Senior Leaving Certificate Examination (including Day School Certificate (Higher) General paper), 1948
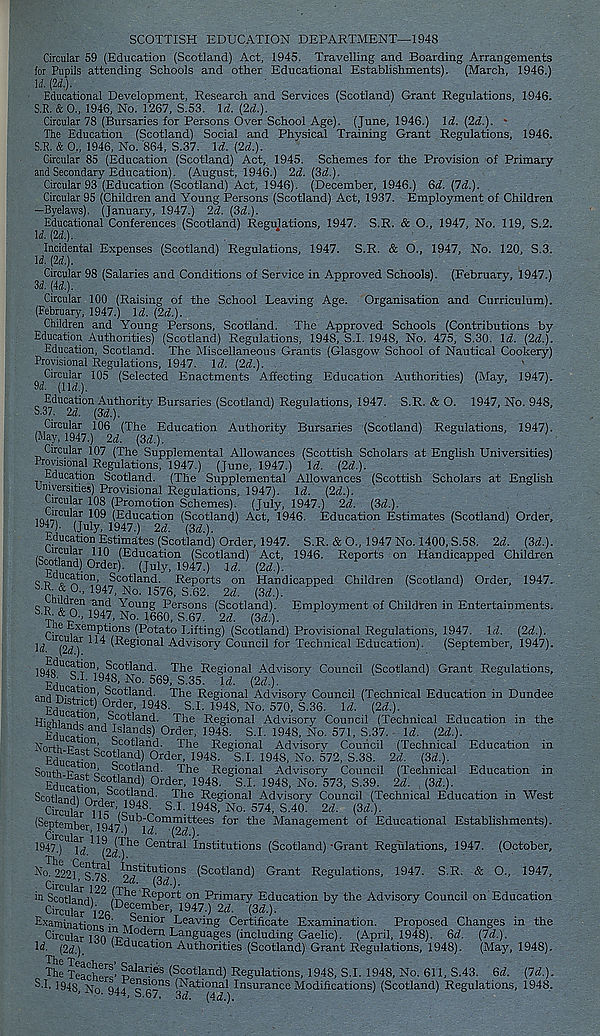
SCOTTISH EDUCATION DEPARTMENT—1948
Circular 59 (Education (Scotland) Act, 1945. Travelling and Boarding Arrangements
for Pupils attending Schools and other Educational Establishments). (March, 1946.)
U. (2d.).
Educational Development, Research and Services (Scotland) Grant Regulations, 1946.
S.R. & 0., 1946, No. 1267, S.53. Id. (2d.).
Circular 78 (Bursaries for Persons Over School Age). (June, 1946.) Id. (2d.). -
The Education (Scotland) Social and Physical Training Grant Regulations, 1946.
S.R. & 0., 1946, No. '864, S.37. Id. (2d.).
Circular 85 (Education (Scotland) Act, 1945. Schemes for the Provision of Primary
and Secondary Education). (August, 1946.) 2d. (3d.).
Circular 93 (Education (Scotland) Act, 1946). (December, 1946.) 6d. (Id.).
Circular 95 (Children and Young Persons (Scotland) Act, 1937. Employment of Children
—Byelaws). (January, 1947.) 2d. (3d.).
Educational Conferences (Scotland) Regulations, 1947. S.R. & O., 1947, No. 119, S.2.
U. (2d.).
Incidental Expenses (Scotland) Regulations, 1947. S.R. & O., 1947, No. 120, S.3.
Id. (2d.).
Circular 98 (Salaries and Conditions of Service in Approved Schools). (February, 1947.)
3d. (4d.).
Circular 100 (Raising of the School Leaving Age. Organisation and Curriculum).
(February, 1947.) Id. (2d.).
Children and Young Persons, Scotland. The Approved Schools (Contributions by
Education Authorities) (Scotland) Regulations, 1948, S.I. 1948, No. 475, S.30. Id. (2d.).
Education, Scotland. The Miscellaneous Grants (Glasgow School of Nautical Cookery)
Provisional Regulations, 1947. Id. (2d.).
^Circular 105 (Selected Enactments Affecting Education Authorities) (May, 1947).
Education Authority Bursaries (Scotland) Regulations, 1947. S.R. & O. 1947, No. 948,
^•37. 2d. (3d.).
Circular 106 (The Education Authority Bursaries (Scotland) Regulations, 1947).
(May, 1947.) 2d. (3d.).
Circular 107 (The Supplemental Allowances (Scottish Scholars at English Universities)
Provisional Regulations, 1947.) (June, 1947.) Id. (2d.).
Education Scotland. (The Supplemental Allowances (Scottish Scholars at English
Universities) Provisional Regulations, 1947). Id. (2d.).
Circular 108 (Promotion Schemes). (July, 1947.) 2d. (3d.).
uW U ,
(Education (Scotland) Act, 1946. Education Estimates (Scotland) Order,
1947). (July, 1947.) 2d. (3d.).
Education Estimates (Scotland) Order, 1947. S.R. & O., 1947 No. 1400, S.58. 2d. (3d.),
ucular no (Education (Scotland) Act, 1946. Reports on Handicapped Children
(Scotland) Order). (July, 1947.) -Id. (2d.).
q -pducatuon, Scotland. Reports on Handicapped Children (Scotland) Order, 1947.
" 1947 ’ No - 1576 ’ S -6 2 ' 2d - W-
<; p
Young Persons (Scotland). Employment of Children in Entertainments.
S^, & Oy 1947, No. J 660 , S.67. 2d. (3d.).
e Exemptions (Potato Lifting) (Scotland) Provisional Regulations, 1947. Id. (2d.).
Id '(2d)
(Regional Advisory Council for Technical Education). (September, 1947).
Education Scotland. The Regional Advisory Council (Scotland) Grant Regulations,
i 8 - S.I. 1948, No. 569, S.35. Id. (2d.)
IMS,
aurt' t Tv C t^0S’ S c°t iand. The Regional Advisory Council (Technical Education in Dundee
Eri,w a ? Ct) C l rder - 1948 - S - L 4948, No. 570, S.36. Id. (2d.).
Hiohlo , 1011 ' Scotland. The Regional Advisory Council (Technical Education in the
Ediirinv a^d Islands) Order, 1948. S.I. 1948, No. 571, S.37. Id. (2d.).
North P 1< v ! c 8c°t t™d. The Regional Advisory Council (Technical Education in
" Edurat'
o land ) 0rder ’ 1948 - S.I. 1948, No. 572, S.38. 2d. (3d.).
South Pc, 1 ? 1 !! “ co M an< i. The Regional Advisory Council (Technical Education in
EduraH Sc ? land ) 0rder ' 4948. S.I. 1948, No. 573, S.39. 2d. . (3d.).
Scotlanrii rf a 8co^anc 4' "The Regional Advisory Council (Technical Education in West
cSirffU 948 - S.I. 1948, No. 574, S.40 2d. (3d.).
(September 1947 j d j^0 m ™' 44ees 4°r 4416 -^lanagement of Educational Establishments).
4947.) U 'ld
C^tral Institutions (Scotland)‘Grant Regulations, 1947. (October,
Institutions (Scotland) Grant Regulations, 1947. S.R. & O., 1947,
Circular 12 9 (Th
^ Scotland }-i ne Ke P or t on Primary Education by the Advisory Council on Education
CircS d) i 26 ( Dec „ e “>er, 1947.) 2d. -(3d.).
Examinatinnc •' ? enior Leaving Certificate Examination. Proposed Changes in the
Cinmlar m^l 0dern Languages (inchiding Gaelic). (April, 1948). 6d. (7d.).
' . t r >j\
( uuuation Authorities (Scotland) Grant Regulations, 1948). (May, 1948).
Id. (2d.).
T he Teachero'’ | alaries (Scotland) Regulations, 1948, S.I. 1948, No. 611, S.43. 6d. (7d.).
S.I. 194§
q4ac S ce ns (-^atieuaal Insurance Modifications) (Scotland) Regulations, 1948.
. • ^±4, b.b/, 3d. (4d.).